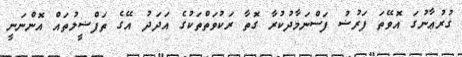
ގުރުޢާނުގަ އޮވޭތަ ފަރުޟު ފަސްނަމާދުކުރާ ގޮތާ ރަކުވަތްތަކުގެ އަދަދު އޭގެ ތަފްޟީލުތައް އޮންނަނީ